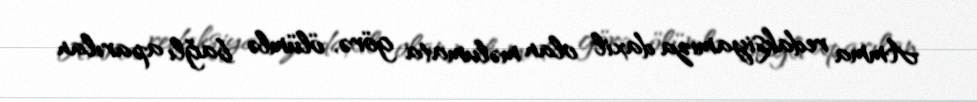
Amma redaksiyamıza daxil olan məlumata görə, ölümlə bağlı aparılan